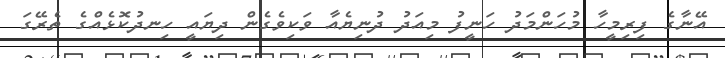
އޭނާގެ ފިރިމީހާ މުހަންމަދު ހަނީފު މިއަދު ދުނިޔެއާ ވަކިވެގެން ދިޔައީ ހިނދުކޮޅެއްގެ ތެރޭގަ